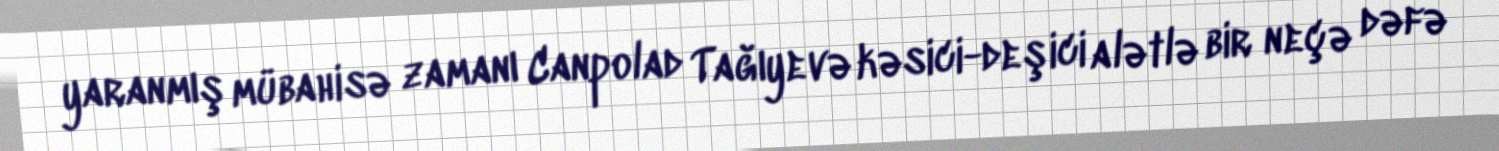
yaranmış mübahisə zamanı Canpolad Tağıyevə kəsici-deşici alətlə bir neçə dəfə